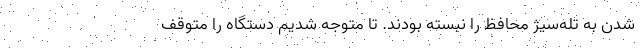
شدن به تله‌سیژ محافظ را نبسته بودند. تا متوجه شدیم دستگاه را متوقف